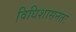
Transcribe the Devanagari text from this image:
विधिशासनतः